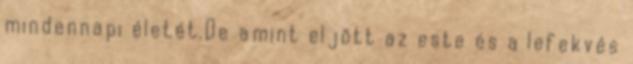
mindennapi életét.De amint eljött az este és a lefekvés